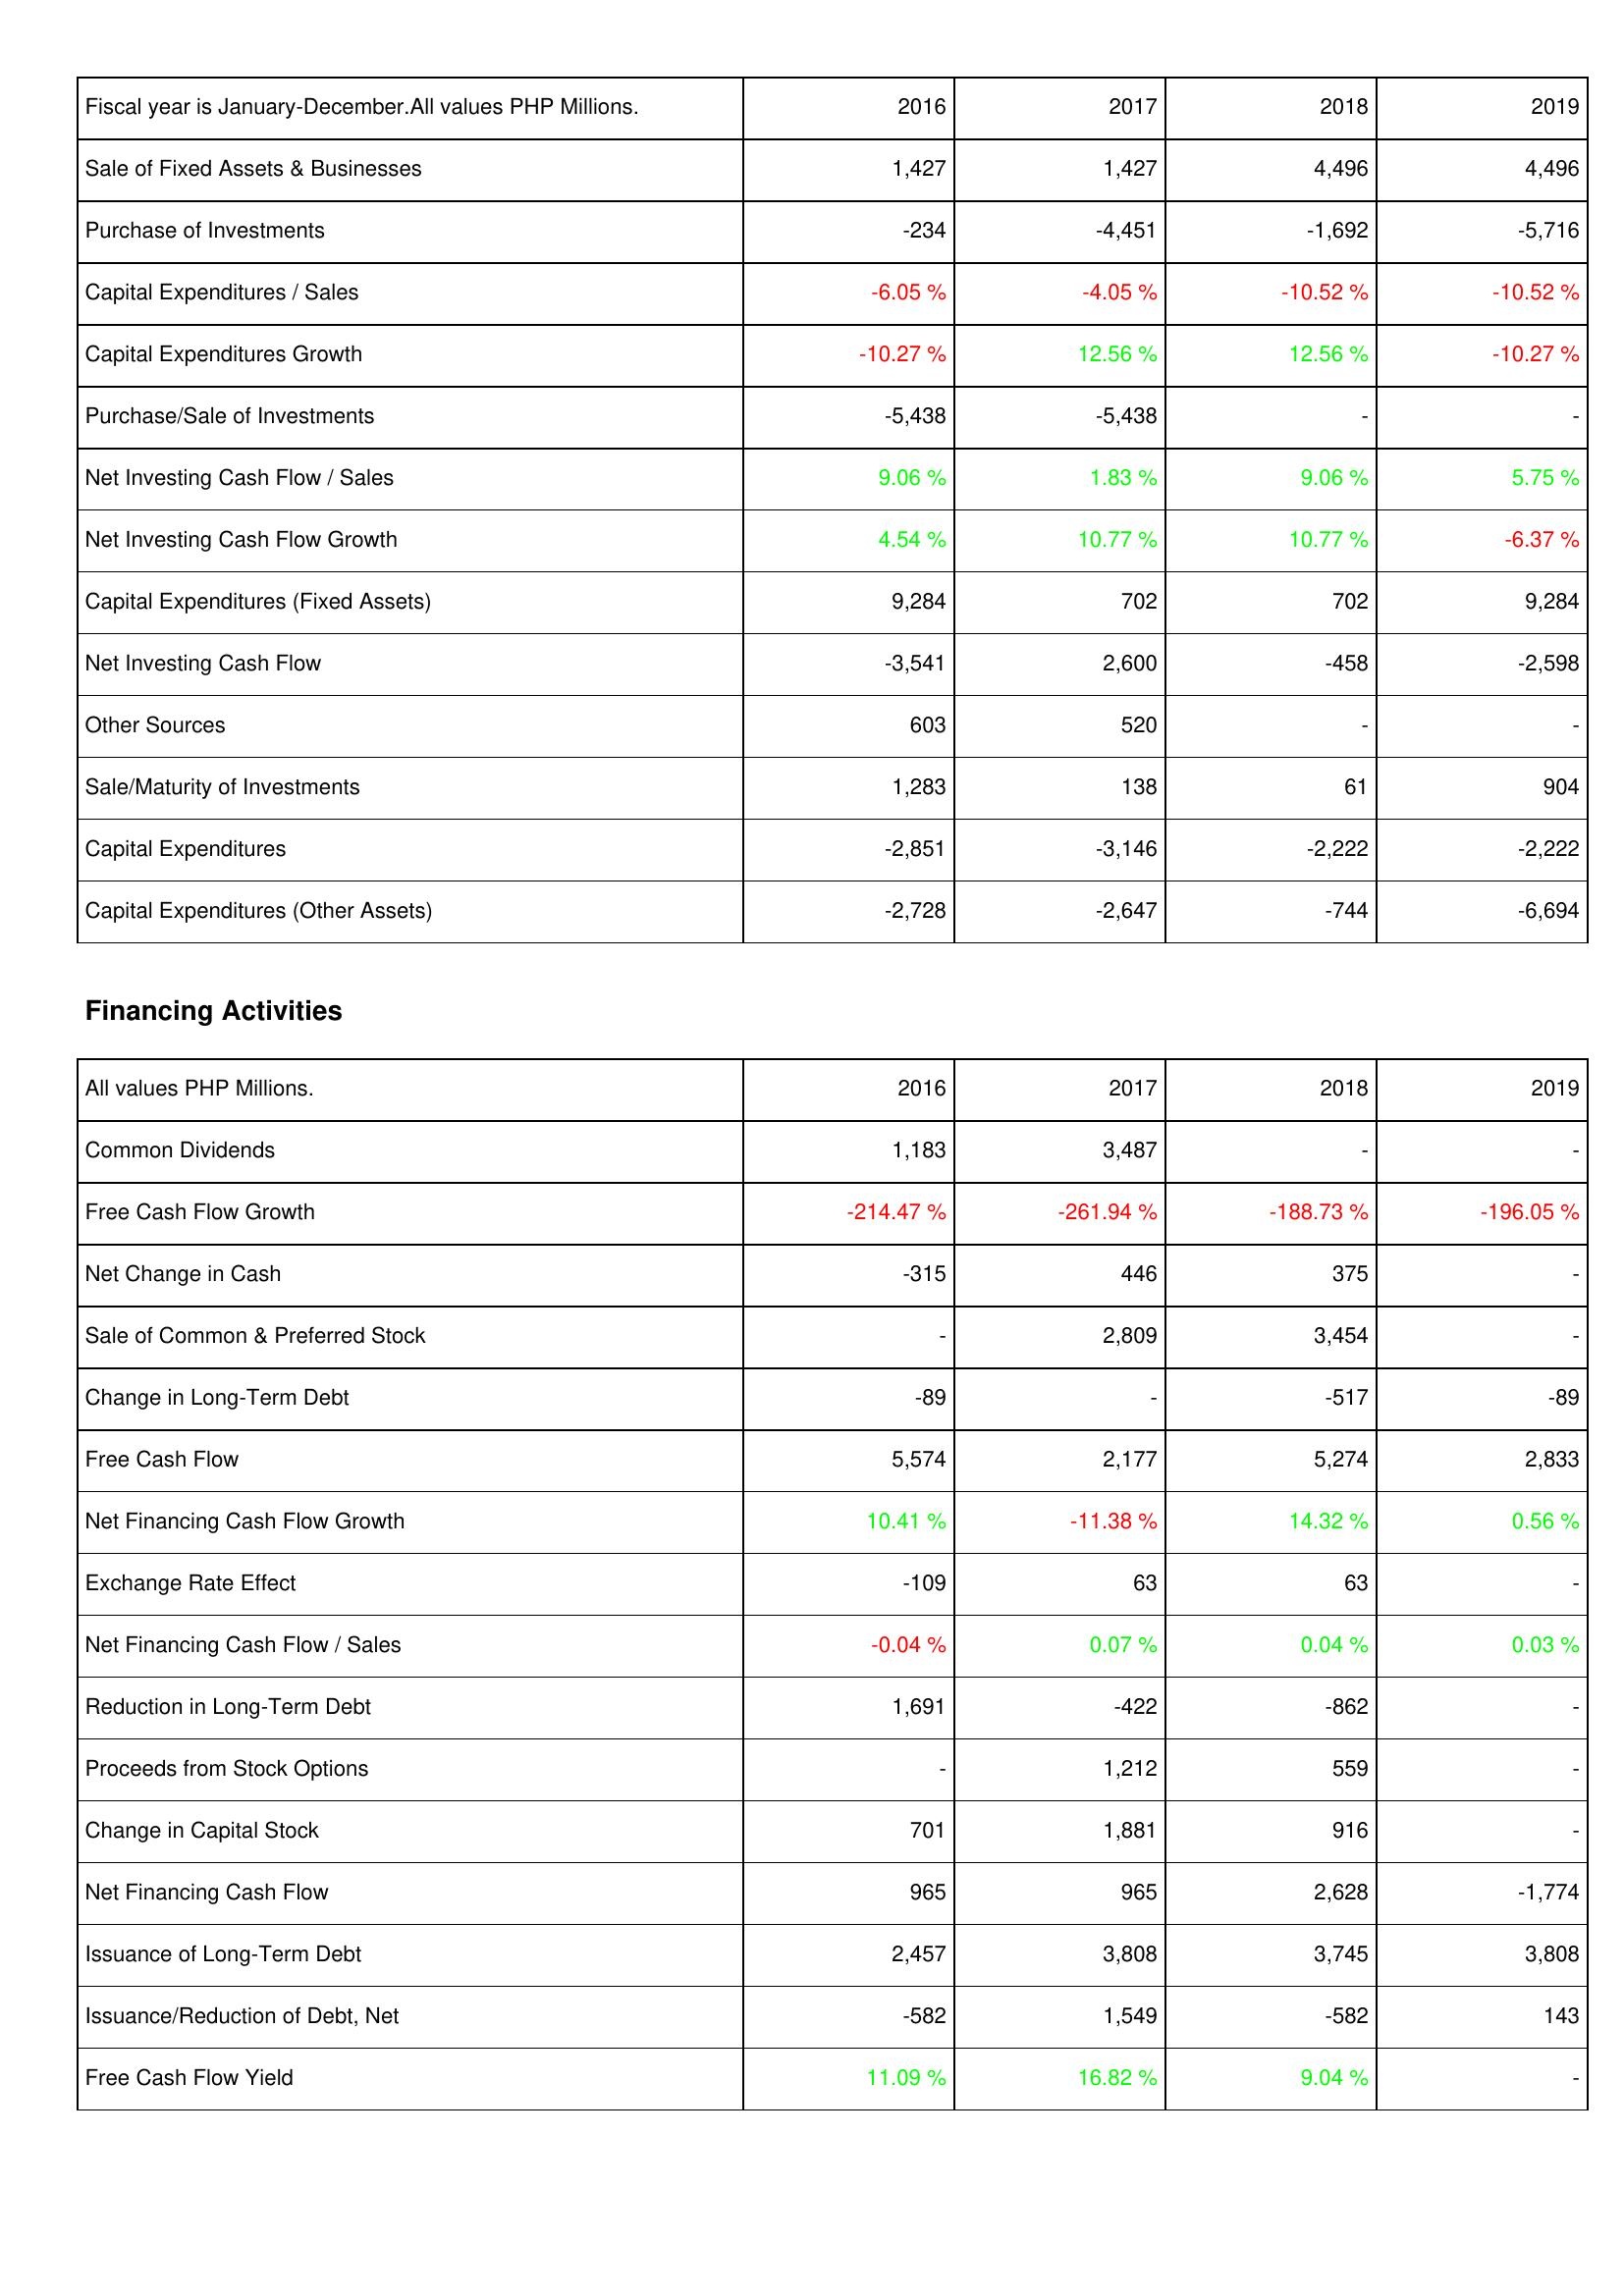
2016: Investing Activities: Sale of Fixed Assets & Businesses: 1,427
Purchase of Investments: -234
Capital Expenditures / Sales: -6.05 %
Capital Expenditures Growth: -10.27 %
Purchase/Sale of Investments: -5,438
Net Investing Cash Flow / Sales: 9.06 %
Net Investing Cash Flow Growth: 4.54 %
Capital Expenditures (Fixed Assets): 9,284
Net Investing Cash Flow: -3,541
Other Sources: 603
Sale/Maturity of Investments: 1,283
Capital Expenditures: -2,851
Capital Expenditures (Other Assets): -2,728
Financing Activities: Common Dividends: 1,183
Free Cash Flow Growth: -214.47 %
Net Change in Cash: -315
Sale of Common & Preferred Stock: -
Change in Long-Term Debt: -89
Free Cash Flow: 5,574
Net Financing Cash Flow Growth: 10.41 %
Exchange Rate Effect: -109
Net Financing Cash Flow / Sales: -0.04 %
Reduction in Long-Term Debt: 1,691
Proceeds from Stock Options: -
Change in Capital Stock: 701
Net Financing Cash Flow: 965
Issuance of Long-Term Debt: 2,457
Issuance/Reduction of Debt, Net: -582
Free Cash Flow Yield: 11.09 %
2017: Investing Activities: Sale of Fixed Assets & Businesses: 1,427
Purchase of Investments: -4,451
Capital Expenditures / Sales: -4.05 %
Capital Expenditures Growth: 12.56 %
Purchase/Sale of Investments: -5,438
Net Investing Cash Flow / Sales: 1.83 %
Net Investing Cash Flow Growth: 10.77 %
Capital Expenditures (Fixed Assets): 702
Net Investing Cash Flow: 2,600
Other Sources: 520
Sale/Maturity of Investments: 138
Capital Expenditures: -3,146
Capital Expenditures (Other Assets): -2,647
Financing Activities: Common Dividends: 3,487
Free Cash Flow Growth: -261.94 %
Net Change in Cash: 446
Sale of Common & Preferred Stock: 2,809
Change in Long-Term Debt: -
Free Cash Flow: 2,177
Net Financing Cash Flow Growth: -11.38 %
Exchange Rate Effect: 63
Net Financing Cash Flow / Sales: 0.07 %
Reduction in Long-Term Debt: -422
Proceeds from Stock Options: 1,212
Change in Capital Stock: 1,881
Net Financing Cash Flow: 965
Issuance of Long-Term Debt: 3,808
Issuance/Reduction of Debt, Net: 1,549
Free Cash Flow Yield: 16.82 %
2018: Investing Activities: Sale of Fixed Assets & Businesses: 4,496
Purchase of Investments: -1,692
Capital Expenditures / Sales: -10.52 %
Capital Expenditures Growth: 12.56 %
Purchase/Sale of Investments: -
Net Investing Cash Flow / Sales: 9.06 %
Net Investing Cash Flow Growth: 10.77 %
Capital Expenditures (Fixed Assets): 702
Net Investing Cash Flow: -458
Other Sources: -
Sale/Maturity of Investments: 61
Capital Expenditures: -2,222
Capital Expenditures (Other Assets): -744
Financing Activities: Common Dividends: -
Free Cash Flow Growth: -188.73 %
Net Change in Cash: 375
Sale of Common & Preferred Stock: 3,454
Change in Long-Term Debt: -517
Free Cash Flow: 5,274
Net Financing Cash Flow Growth: 14.32 %
Exchange Rate Effect: 63
Net Financing Cash Flow / Sales: 0.04 %
Reduction in Long-Term Debt: -862
Proceeds from Stock Options: 559
Change in Capital Stock: 916
Net Financing Cash Flow: 2,628
Issuance of Long-Term Debt: 3,745
Issuance/Reduction of Debt, Net: -582
Free Cash Flow Yield: 9.04 %
2019: Investing Activities: Sale of Fixed Assets & Businesses: 4,496
Purchase of Investments: -5,716
Capital Expenditures / Sales: -10.52 %
Capital Expenditures Growth: -10.27 %
Purchase/Sale of Investments: -
Net Investing Cash Flow / Sales: 5.75 %
Net Investing Cash Flow Growth: -6.37 %
Capital Expenditures (Fixed Assets): 9,284
Net Investing Cash Flow: -2,598
Other Sources: -
Sale/Maturity of Investments: 904
Capital Expenditures: -2,222
Capital Expenditures (Other Assets): -6,694
Financing Activities: Common Dividends: -
Free Cash Flow Growth: -196.05 %
Net Change in Cash: -
Sale of Common & Preferred Stock: -
Change in Long-Term Debt: -89
Free Cash Flow: 2,833
Net Financing Cash Flow Growth: 0.56 %
Exchange Rate Effect: -
Net Financing Cash Flow / Sales: 0.03 %
Reduction in Long-Term Debt: -
Proceeds from Stock Options: -
Change in Capital Stock: -
Net Financing Cash Flow: -1,774
Issuance of Long-Term Debt: 3,808
Issuance/Reduction of Debt, Net: 143
Free Cash Flow Yield: -